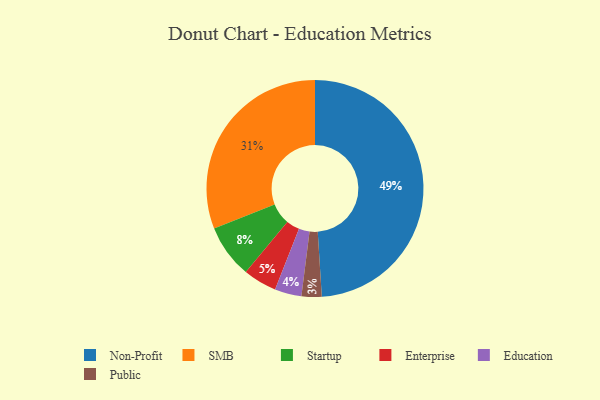
{"axis": {"x": "Category", "y": "Percentage"}, "legend": ["Education", "Enterprise", "Non-Profit", "Public", "SMB", "Startup"], "data": [{"x": "Public", "y": 3, "type": "Public"}, {"x": "Non-Profit", "y": 49, "type": "Non-Profit"}, {"x": "SMB", "y": 31, "type": "SMB"}, {"x": "Education", "y": 4, "type": "Education"}, {"x": "Startup", "y": 8, "type": "Startup"}, {"x": "Enterprise", "y": 5, "type": "Enterprise"}]}